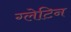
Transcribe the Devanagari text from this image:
ग्लेटिन